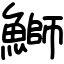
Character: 鰤